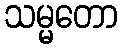
သမ္မတော